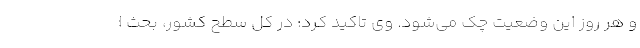
و هر روز این وضعیت چک می‌شود. وی تاکید کرد: در کل سطح کشور، بحث ا